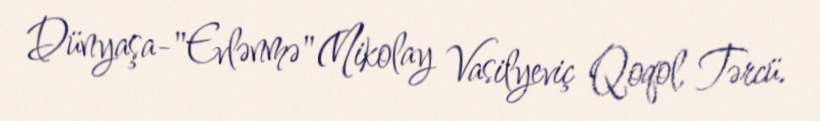
Dünyaşa-"Evlənmə"(Nikolay Vasilyeviç Qoqol, Tərcü.